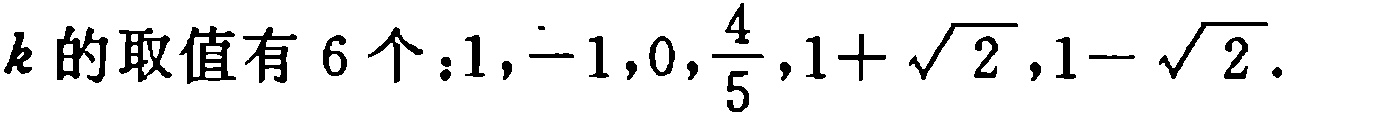
\(k\) 的取值有 \(6\) 个：\(1,-1,0,\frac{4}{5},1 + \sqrt{2},1 - \sqrt{2}\).